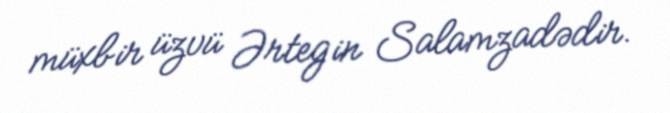
müxbir üzvü Ərtegin Salamzadədir.